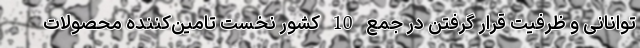
توانانی و ظرفیت قرار گرفتن در جمع 10 کشور نخست تامین‌کننده محصولات